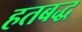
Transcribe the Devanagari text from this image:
हतबद्ध